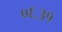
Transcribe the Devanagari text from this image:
०६३१